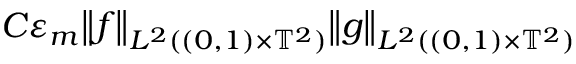
\begin{array} { r l } { \lefteqn { C \varepsilon _ { m } \bigl \| f \bigr \| _ { L ^ { 2 } ( ( 0 , 1 ) \times \ensuremath { \mathbb { T } } ^ { 2 } ) } \bigl \| g \bigr \| _ { L ^ { 2 } ( ( 0 , 1 ) \times \ensuremath { \mathbb { T } } ^ { 2 } ) } } \qquad } & { { } } \end{array}